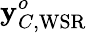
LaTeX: {\mathbf{y}}_{C,\mathrm{WSR}}^{o}